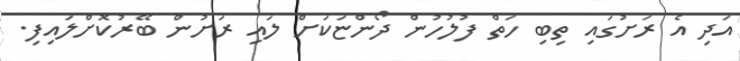
އަދި އެ ރަށުގައި ތިބި ހަތް ފުލުހުން ދޯންޏަކަށް ލައި ރަށުން ބޭރުކޮށްލައިފި.